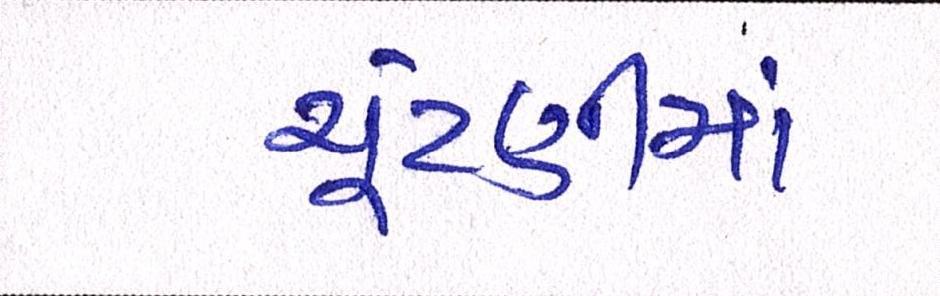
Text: ચૂંટણીમાં